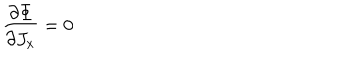
LaTeX: \frac { \partial \Phi } { \partial J _ { x } } = 0